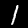
Label: 1